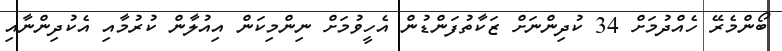
ބޯންމެރޭ ހެއްދުމަށް 34 ކުދިންނަށް ޒަކާތުފަންޑުން އެހީވުމަށް ނިންމިކަން އިއުލާން ކުރުމާއި އެކުދިންނާއި